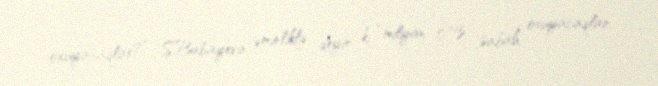
oxuyacaqlar?” S.Babayeva əminliklə deyir ki, “milyon faiz, sabah oxuyacaqlar.